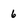
Character: 6